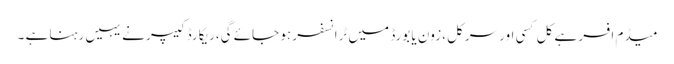
میڈم افسر ہے کل کسی اور سرکل ،زون یا بورڈ میں ٹرانسفر ہو جائے گی،ریکارڈ کیپر نے یہیں رہنا ہے ۔